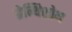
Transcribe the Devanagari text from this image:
ग्रेन्थिशोथ